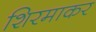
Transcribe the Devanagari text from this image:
शिरमाकर